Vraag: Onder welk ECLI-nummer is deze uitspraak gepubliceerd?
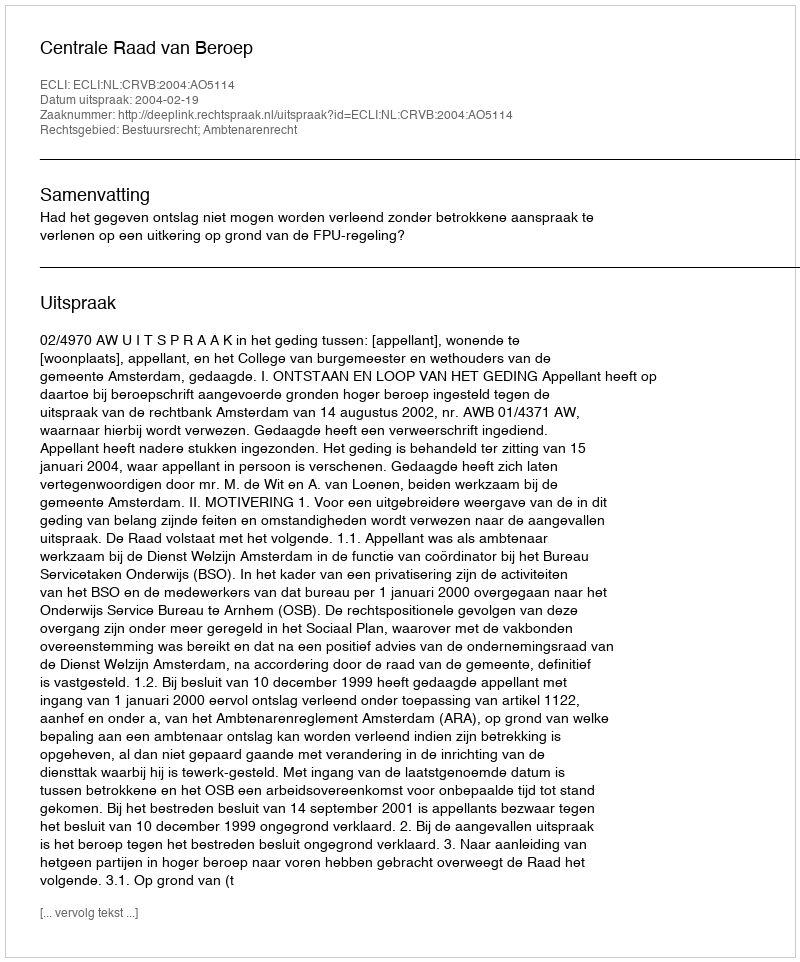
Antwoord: ECLI:NL:CRVB:2004:AO5114